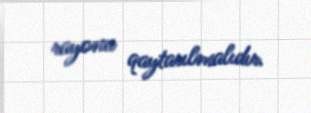
rayonu qaytarılmalıdır.